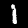
Digit: 1